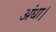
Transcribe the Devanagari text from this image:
अंधा।